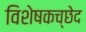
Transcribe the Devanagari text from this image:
विशेषकच्छेद